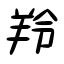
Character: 羚